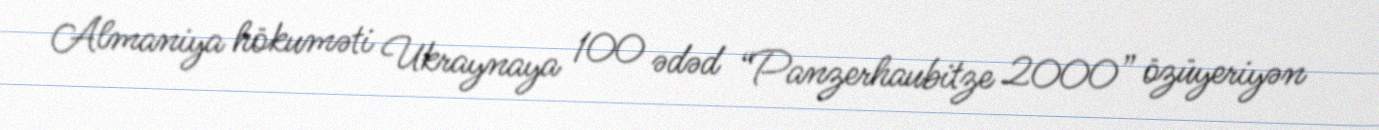
Almaniya hökuməti Ukraynaya 100 ədəd “Panzerhaubitze 2000” özüyeriyən